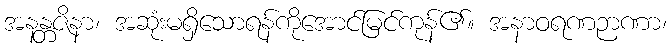
အနန္တဇိနာ၊ အဆုံးမရှိသောရန်ကိုအောင်မြင်ကုန်၏။ အနာဝရဏဉာဏာ၊